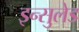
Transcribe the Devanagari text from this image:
इन्सुलेड